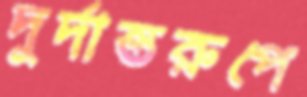
দুর্দান্তরুপে